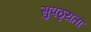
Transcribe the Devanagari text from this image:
सुपठ्यता